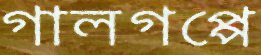
গালগপ্পে